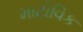
માટોવિક